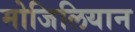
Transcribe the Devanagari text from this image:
मोजिलियान